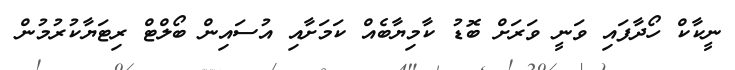
ނީކާކް ހޯދާފައި ވަނީ ވަރަށް ބޮޑު ކާމިޔާބެއް ކަމަށާއި އުސައިން ބޯލްޓް ރިޓަޔާކުރުމުން